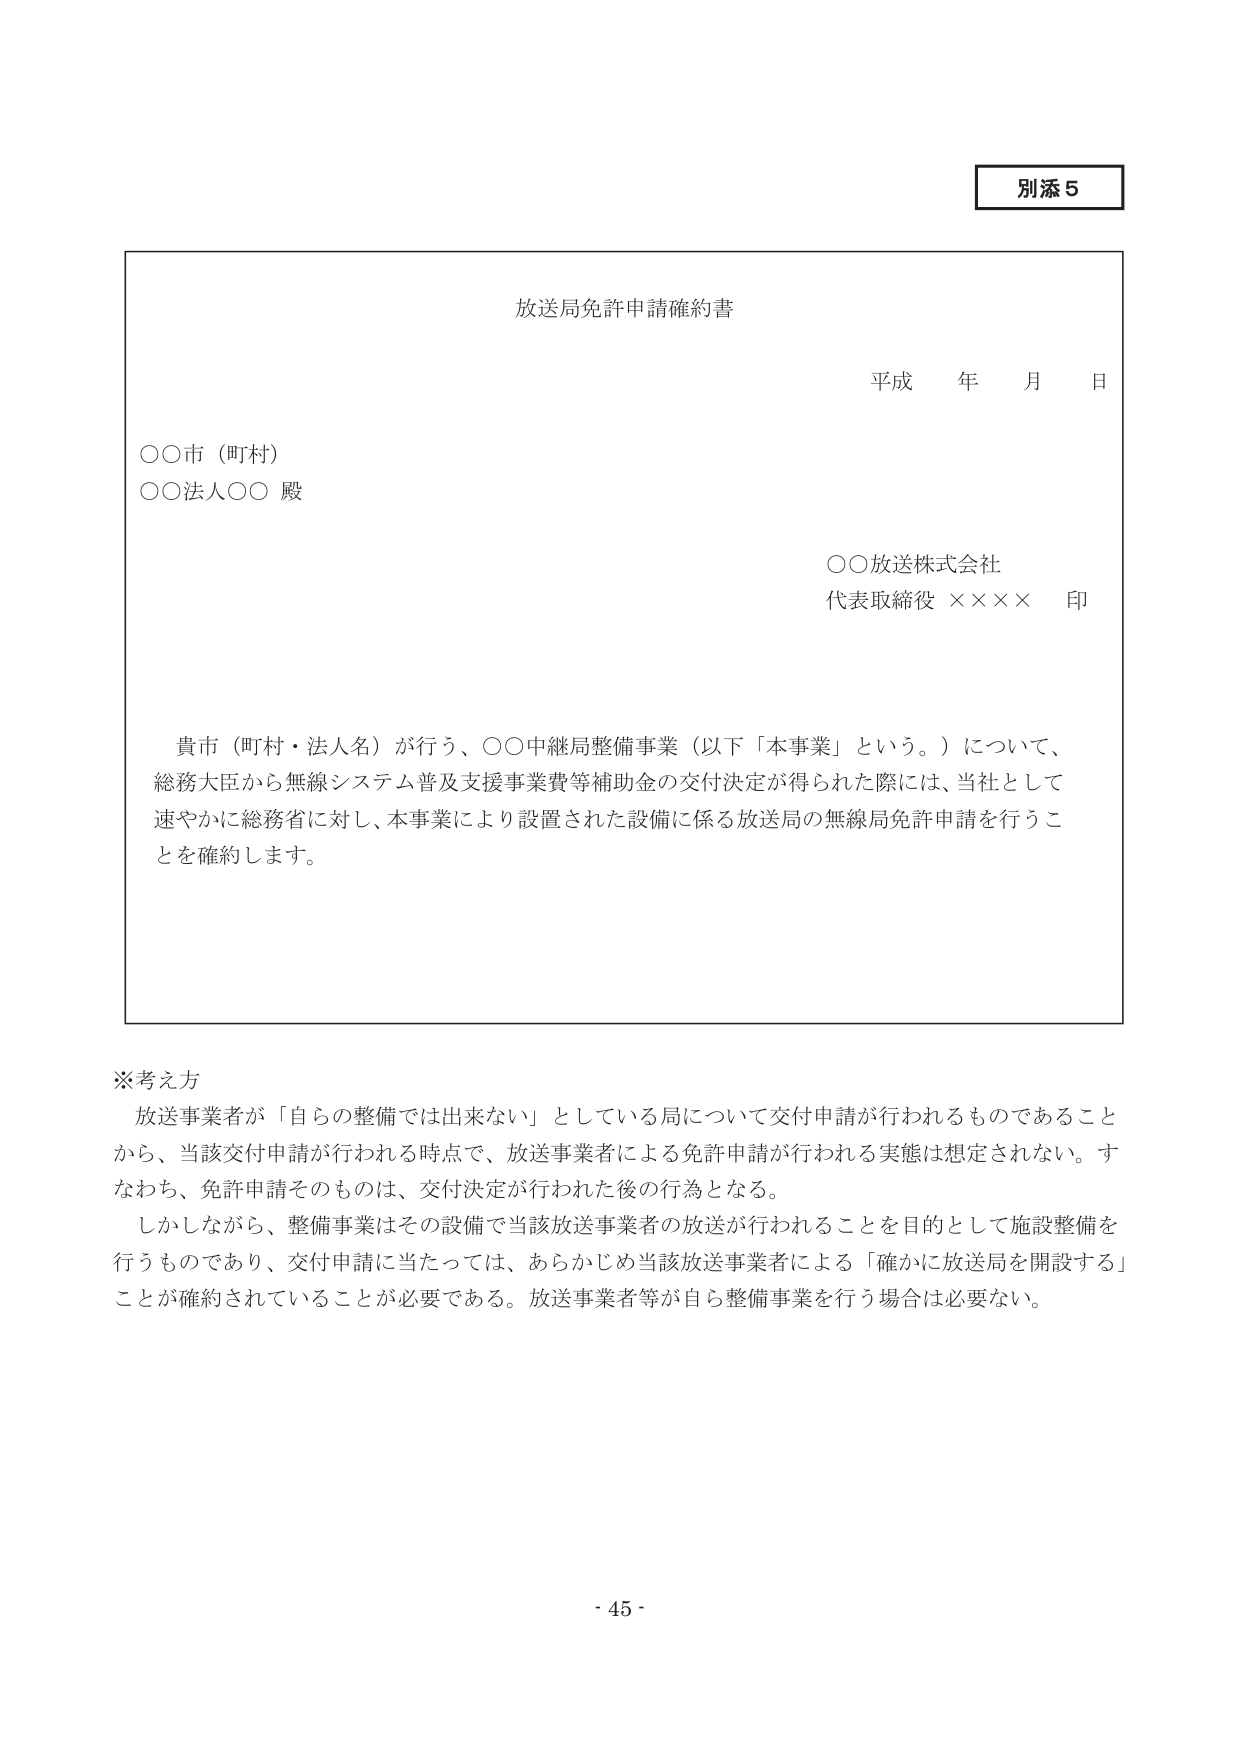
別添５

放送局免許申請確約書

平成 年 月 日

○○市（町村）
○○法人○○ 殿

○○放送株式会社
代表取締役 ×××× 印

貴市（町村・法人名）が行う、○○中継局整備事業（以下「本事業」という。）について、
総務大臣から無線システム普及支援事業費等補助金の交付決定が得られた際には、当社として
速やかに総務省に対し、本事業により設置された設備に係る放送局の無線局免許申請を行うこ
とを確約します。

※考え方
放送事業者が「自らの整備では出来ない」としている局について交付申請が行われるものであること
から、当該交付申請が行われる時点で、放送事業者による免許申請が行われる実態は想定されない。す
なわち、免許申請そのものは、交付決定が行われた後の行為となる。
しかしながら、整備事業はその設備で当該放送事業者の放送が行われることを目的として施設整備を
行うものであり、交付申請に当たっては、あらかじめ当該放送事業者による「確かに放送局を開設する」
ことが確約されていることが必要である。放送事業者等が自ら整備事業を行う場合は必要ない。

- 45 -